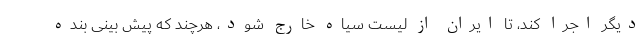
دیگر اجرا کند، تا ایران از لیست سیاه خارج شود، هرچند که پیش بینی بنده